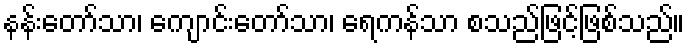
နန်းတော်သာ၊ ကျောင်းတော်သာ၊ ရေကန်သာ စသည်ဖြင့်ဖြစ်သည်။